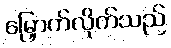
မြှောက်လိုက်သည်